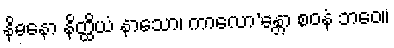
နိဓနော နိတ္ထိယံ နာသော၊ ကာလော’န္တော စဝနံ ဘဝေ။